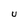
Character: U